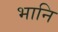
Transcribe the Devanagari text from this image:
भानि